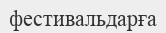
фестивальдарға